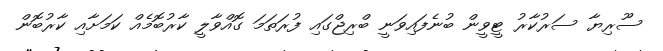
ސޫރިޔާ ސަރުކާރު ޓީވީން ބުނެފައިވަނީ ބްރިޖްގައި ފުރަތަމަ ގޮއްވާލީ ކާރުބޮމެއް ކަމަށާއި ކާރުބޮން